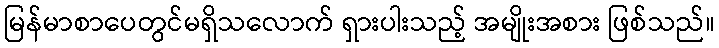
မြန်မာစာပေတွင်မရှိသလောက် ရှားပါးသည့် အမျိုးအစား ဖြစ်သည်။